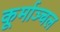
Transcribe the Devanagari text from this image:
कूर्माञ्चल